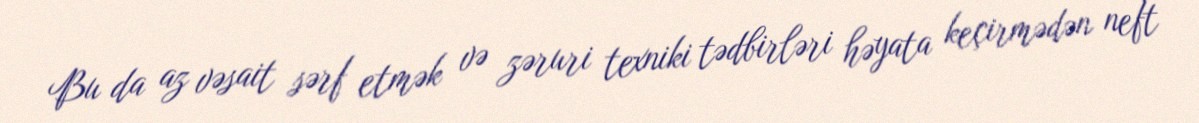
Bu da az vəsait sərf etmək və zəruri texniki tədbirləri həyata keçirmədən neft